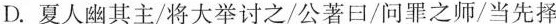
D夏人幽其主/将大举讨之/公著口/问罪之师/当先择